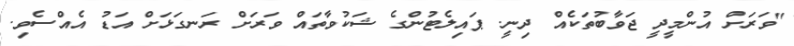
"ވަރަށް އުންމީދީ ޖަވާބުތަކެއް ދިނީ. ޕައިލެޓުންގެ ޝަކުވާތައް ވަރަށް ރަނގަޅަށް އަޑު އެއްސެވި.